Report on sanitation, dispensaries, and jails in Rajputana for 1910, and on vaccination for the year 1910-1911 - 1910-1911
Year: 1910
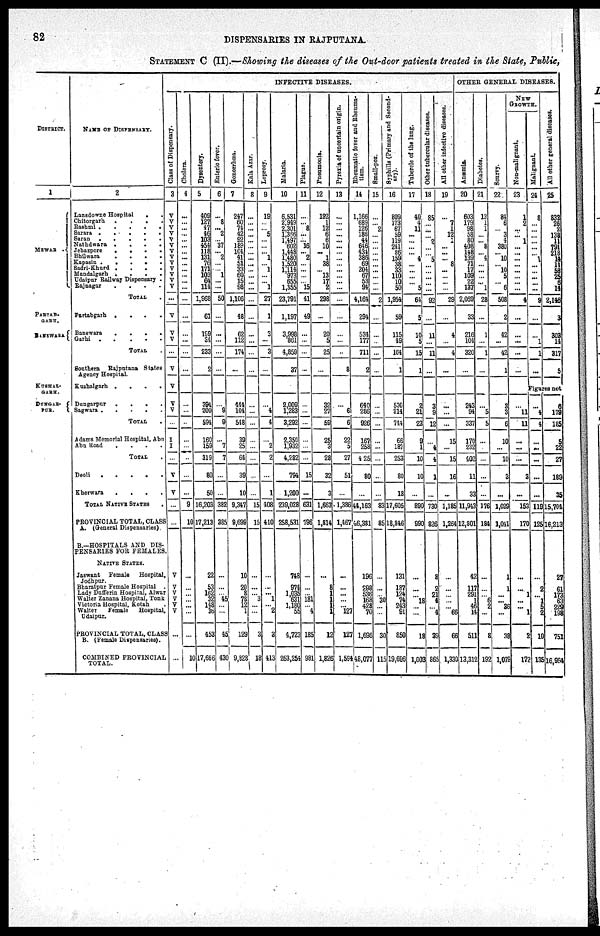
82
DISPENSARIES IN RAJPUTANA.
STATEMENT C (II).—Showing the diseases of the Out-door patients treated in the State, Public,
DISTRICT.
1
MEWAR .
PARTAB¬
GARH.
BANSWARA
KUSHAL¬
GARH.
DUNGAR¬
PUR.
NAME OF DISPENSARY.
2
Lansdowne Hospital
.
.
Chitorgarh .
.
.
.
Rashmi .
.
.
.
.
Sarara
.
.
.
.
.
Saran
.
.
.
.
.
Nathdwara .
.
.
.
Jehazpore
.
.
.
.
Bhilwara
.
.
.
.
Kapasin .
.
.
.
.
Sadri-Khurd .
.
.
.
Mandalgarh .
.
.
.
Udaipur Railway Dispensary .
Rajnagar
.
.
.
.
TOTAL .
Partabgarh .
.
.
.
Banswara
.
.
.
.
Garhi
.
.
.
.
.
TOTAL .
Southern Rajputana States
Agency Hospital.
Kushalgarh .
.
.
.
Dungarpur .
.
.
.
Sagwara . . . . .
TOTAL .
Adams Memorial Hospital, Abu
Abu Road
.
.
.
.
TOTAL .
Deoli
.
.
.
.
.
Kherwara
.
.
.
.
TOTAL NATIVE STATES
.
PROVINCIAL TOTAL, CLASS
A. (General Dispensaries).
B.—HOSPITALS AND DIS-
PENSARIES FOR FEMALES.
NATIVE STATES.
Jaswant Female Hospital,
Jodhpur.
Bharatpur Female Hospital .
Lady Dufferin Hospital, Alwar
Walter Zanana Hospital, Tonk
Victoria Hospital, Kotah .
Walter
Female
Hospital,
Udaipur.
PROVINCIAL TOTAL, CLASS
B. (Female Dispensaries).
COMBINED PROVINCIAL
TOTAL.
INFECTIVE DISEASES.
Class of Dispensary.
3
V
V
V
V
V
V
V
V
V
V
V
V
V
...
V
V
V
...
V
V
V
V
...
I
I
...
V
V
...
...
V
V
V
V
V
V
...
...
Cholera.
4
...
...
...
...
...
...
...
...
...
...
...
...
...
...
...
...
...
...
...
...
...
...
...
...
...
...
...
9
10
...
...
...
... ...
...
...
10
Dysentery.
5
409
127
47
46
103
454
118
131
76
171
103
64
114
1,968
61
199
34
233
2
394
200
594
160
159
319
80
50
16,203
17,213
22
53
162
32
148
36
453
17,666
Enteric fever.
6
...
8
... 2
...
37
... 2
...
... 1
...
...
50
...
...
...
...
...
...
9
9
...
7
7
...
...
382
385
...
...
...
45
...
...
45
430
Gonorrhœa.
7
247
60
74
42
92
189
104
41
51
33
60
15
98
1,106
48
62
112
174
...
444
104
548
39
25
64
39
10
9,347
9,699
10
20
8
78
12
1
129
9,828
Kala Azar.
8
...
...
...
...
...
...
...
...
...
...
...
...
...
...
...
...
...
...
...
...
...
...
...
...
...
...
...
15
15
...
...
...
3
...
...
3
18
Leprosy.
9
19
...
...
5
...
...
...
1
...
1
...
...
1
27
1
3
...
3
...
...
4
4
...
2
2
...
1
408
410
...
...
...
1
...
2
3
413
Malaria.
10
6,531
2,949
2,301
1,386
1,497
602
1,448
1,480
1,520
1,114
973
655
1,355
23,791
1,197
3,998
861
4,859
37
2,009
1,283
3,292
2,350
l,932
4,282
794
1,200
239,028
258,531
748
974
1,035
631
1,180
55
4,723
263,254
Plague.
11
...
...
8
...
...
16
...
2
...
...
...
...
15
41
49
...
...
...
...
...
...
...
...
...
...
15
...
631
796
...
...
...
181
...
4
185
981
Pneumonia.
12
192
1
12
6
6
10
...
1
38
...
13
17
2
298
...
20
5
25
...
32
27
59
25
3
28
32
3
1,663
1,814
...
8
1
1
1
1
12
1,826
Pyrexia of uncertain origin.
13
...
...
...
...
... ...
...
...
...
...
...
...
...
...
...
...
...
...
3
...
6
6
22
5
27
51
...
1,386
1,467
...
...
...
...
...
127
127
1,584
Rheumatic fever and Rheuma-
tism.
14
1,166
689
126
186
44
646
434
386
69
204
67
53
94
4,164
294
534
177
711
2
640
286
926
167
258
425
80
...
44,163
46,381
196
298
536
168
428
70
1,696
48,077
Small-pox.
15
...
...
2
...
...
...
...
...
...
...
...
...
...
2
...
...
...
...
...
...
...
...
...
...
...
...
...
83
85
...
...
...
30
...
...
30
115
Syphilis (Primary and Second-
ary).
16
809
173
67
59
119
241
86
159
38
33
110 10
50
1,954
59
115
49
164
1
530
214
744
66
187
253
80
13
17,605
18,846
131
187
124
74
243
91
850
19,696
Tubercic
of the lung.
17
40
4
11
...
...
...
...
4
...
...
...
...
5
64
5
10
5
15
1
2
21
23
9
1
10
10
...
390
990
...
...
...
18
...
...
13
1,003
Other tubercular diseases.
18
85
...
...
...
2
...
...
5
...
...
...
...
...
92
...
11
...
11
...
3
9
12
...
4
4
1
...
730
826
8
2
21
4
...
4
39
865
All other infective diseases.
19
...
7
1
12
1 ...
...
...
8
...
...
...
...
29
...
4
...
4
...
...
...
...
15
...
15
16
...
1,185
1,264
...
...
...
...
...
66
66
1,330
OTHER GENERAL DISEASES.
Anæmia.
20
603
179
98
58
80
408
148
139
71
17
109
22
137
2,069
33
216
104
320
...
243
94
337
170
232
402
11
33
11,943
12,801
42
117
291
1
46
14
511
13,312
Diabetes.
21
13
1
1
...
...
8
...
4
...
...
...
...
1
28
...
1
...
1
...
...
5
5
...
...
...
...
...
176
184
...
...
...
6
2
...
8
192
Scurvy.
22
84
6
...
3
4
380
...
10
...
10
5
...
6
508
2
42
...
42
1
3
3
6
10
...
10
3
...
1,029
1,041
1
1
...
...
36
...
38
1,079
NEW
GROWTH.
Non-malignant.
23
1
2
...
... 1
...
...
...
...
...
...
...
...
4
...
...
...
...
...
...
11
11
...
...
...
3
...
153
170
...
...
1
...
...
1
2
172
Malignant.
24
8
...
...
...
...
...
...
1
...
...
...
...
...
9
...
...
1
1
...
All other general diseases.
25
832
26
2
138
11
791
218
14
11
58
25
6
14
2,146
3
303
14
317
5
Figures not
...
4
4
...
...
...
...
...
119
125
...
2
...
1
5
2
10
135
6
179
185
5
22
27
189
35
15,704
16,213
27
61
173
63
229
198
751
16,964